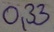
Text: 0,33